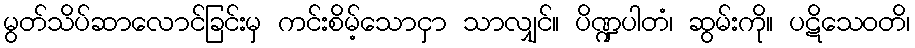
မွတ်သိပ်ဆာလောင်ခြင်းမှ ကင်းစိမ့်သောငှာ သာလျှင်။ ပိဏ္ဍပါတံ၊ ဆွမ်းကို။ ပဋိသေဝတိ၊